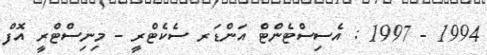
1994 - 1997 : އެސިސްޓެންޓް އަންޑަރ ސެކެޓްރީ - މިނިސްޓްރީ އޮފް